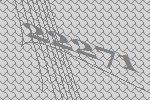
22271